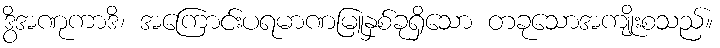
ဒွိအဏုကာဒိ၊ အကြောင်းပရမာဏမြူနှစ်ခုရှိသော တခုသောအကျိုးစသည်။